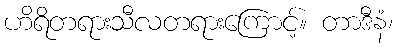
ဟိရိတရားသီလတရားကြောင့်။ တာဒီနံ၊